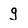
Character: g